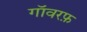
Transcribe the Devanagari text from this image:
गॉवरफ़